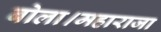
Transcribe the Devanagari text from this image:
बोला।महाराजा